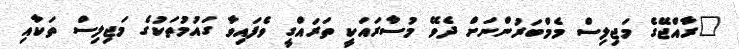
"ރާއްޖޭގެ މަޖިލިސް މެމްބަރުންނަށް ދެވޭ މުސާރައަކީ ތަރައްގީ ވެފައިވާ ގައުމުތަކުގެ މަޖިލިސް ތަކާއި